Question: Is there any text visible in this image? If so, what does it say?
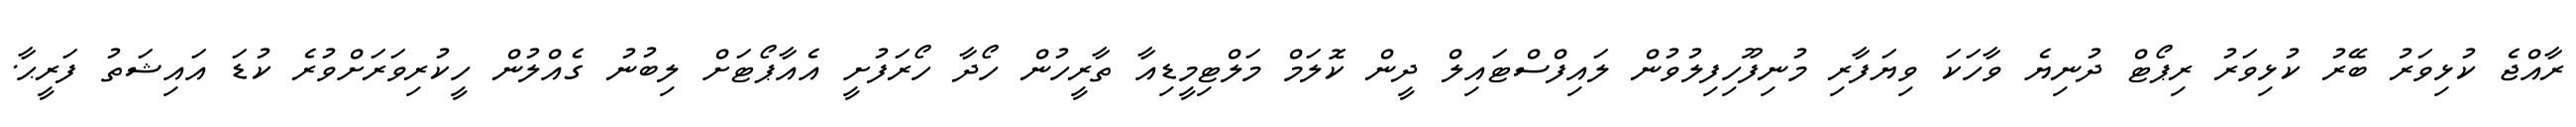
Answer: ރާއްޖެ ކުޅިވަރު ބޭރު ކުޅިވަރު ރިޕޯޓް ދުނިޔެ ވާހަކަ ވިޔަފާރި މުނިފޫހިފިލުވުން ލައިފްސްޓައިލް ދީން ކޮލަމް މަލްޓިމީޑިއާ ތާރީހުން ހޯދާ ހޯރަފުށީ އެއާޕޯޓަށް ލިބުނު ގެއްލުން ހީކުރިވަރަށްވުރެ ކުޑަ އައިޝަތު ފަރީޙާ.